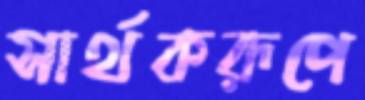
সার্থকরূপে